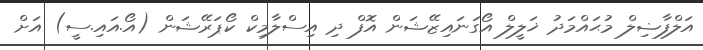
އަލްފާޟިލް މުޙައްމަދު ޚަލީލް އޯގަނައިޒޭޝަން އޮފް ދި އިސްލާމިކް ކޯޕަރޭޝަން (އޯ.އައި.ސީ) އަށް